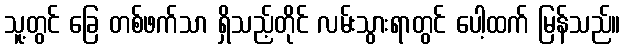
သူ့တွင် ခြေ တစ်ဖက်သာ ရှိသည့်တိုင် လမ်းသွားရာတွင် ပေါ့ထက် မြန်သည်။